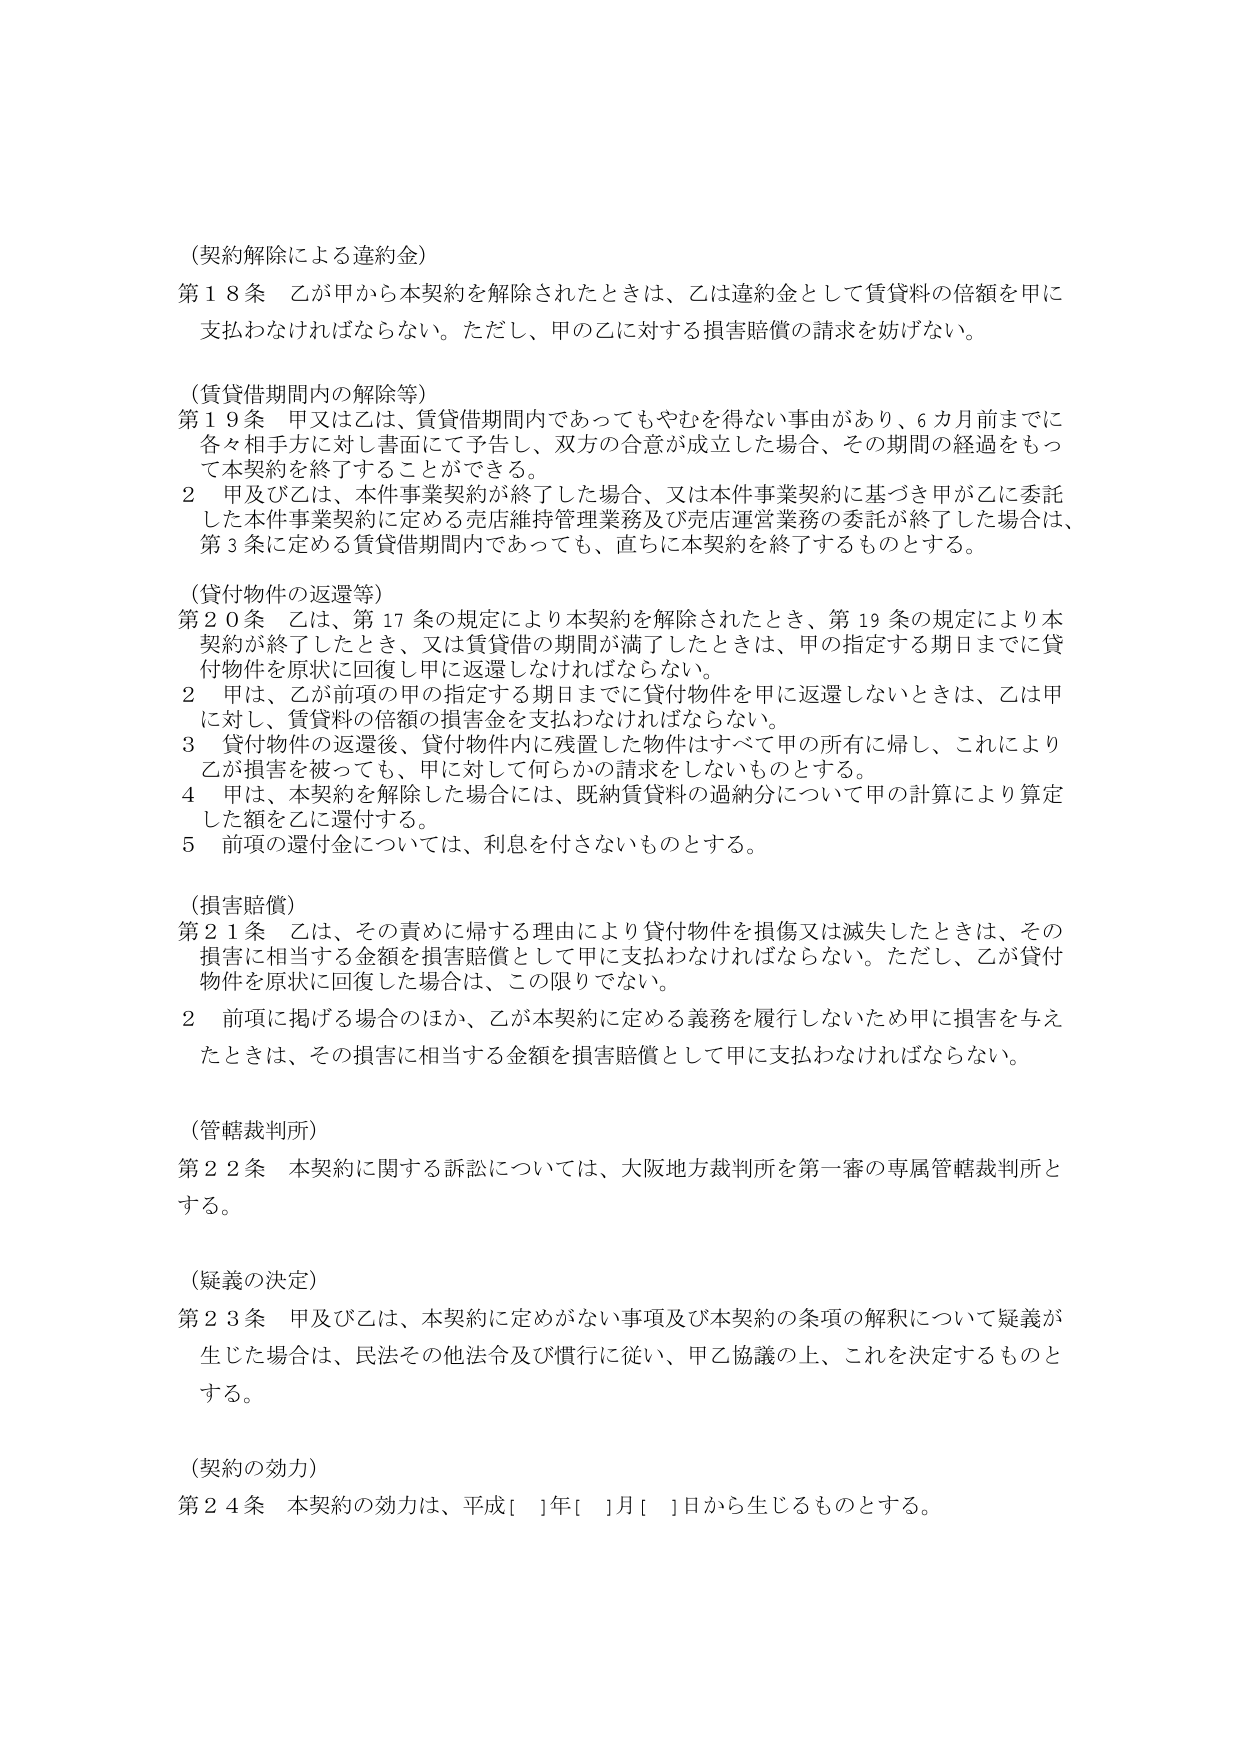
（契約解除による違約金）
第18条 乙が甲から本契約を解除されたときは、乙は違約金として賃貸料の倍額を甲に支払わなければならない。ただし、甲の乙に対する損害賠償の請求を妨げない。

（賃貸借期間内の解除等）
第19条 甲又は乙は、賃貸借期間内であってもやむを得ない事由があり、6カ月前までに各々相手方に対し書面にて予告し、双方の合意が成立した場合、その期間の経過をもって本契約を終了することができる。
2 甲及び乙は、本件事業契約が終了した場合、又は本件事業契約に基づき甲が乙に委託した本件事業契約に定める売店維持管理業務及び売店運営業務の委託が終了した場合は、第3条に定める賃貸借期間内であっても、直ちに本契約を終了するものとする。

（貸付物件の返還等）
第20条 乙は、第17条の規定により本契約を解除されたとき、第19条の規定により本契約が終了したとき、又は賃貸借の期間が満了したときは、甲の指定する期日までに貸付物件を原状に回復し甲に返還しなければならない。
2 甲は、乙が前項の甲の指定する期日までに貸付物件を甲に返還しないときは、乙は甲に対し、賃貸料の倍額の損害金を支払わなければならない。
3 貸付物件の返還後、貸付物件内に残置した物件はすべて甲の所有に帰し、これにより乙が損害を被っても、甲に対して何らかの請求をしないものとする。
4 甲は、本契約を解除した場合には、既納賃貸料の過納分について甲の計算により算定した額を乙に還付する。
5 前項の還付金については、利息を付さないものとする。

（損害賠償）
第21条 乙は、その責めに帰する理由により貸付物件を損傷又は滅失したときは、その損害に相当する金額を損害賠償として甲に支払わなければならない。ただし、乙が貸付物件を原状に回復した場合は、この限りでない。
2 前項に掲げる場合のほか、乙が本契約に定める義務を履行しないため甲に損害を与えたときは、その損害に相当する金額を損害賠償として甲に支払わなければならない。

（管轄裁判所）
第22条 本契約に関する訴訟については、大阪地方裁判所を第一審の専属管轄裁判所とする。

（疑義の決定）
第23条 甲及び乙は、本契約に定めがない事項及び本契約の条項の解釈について疑義が生じた場合は、民法その他法令及び慣行に従い、甲乙協議の上、これを決定するものとする。

（契約の効力）
第24条 本契約の効力は、平成[ ]年[ ]月[ ]日から生じるものとする。